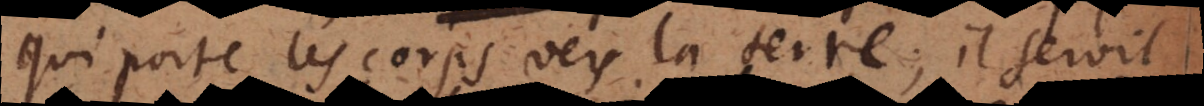
qui porte les corps vers la terre, il seroit